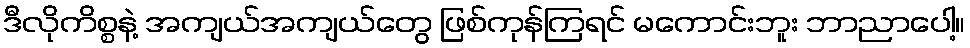
ဒီလိုကိစ္စနဲ့ အကျယ်အကျယ်တွေ ဖြစ်ကုန်ကြရင် မကောင်းဘူး ဘာညာပေါ့။